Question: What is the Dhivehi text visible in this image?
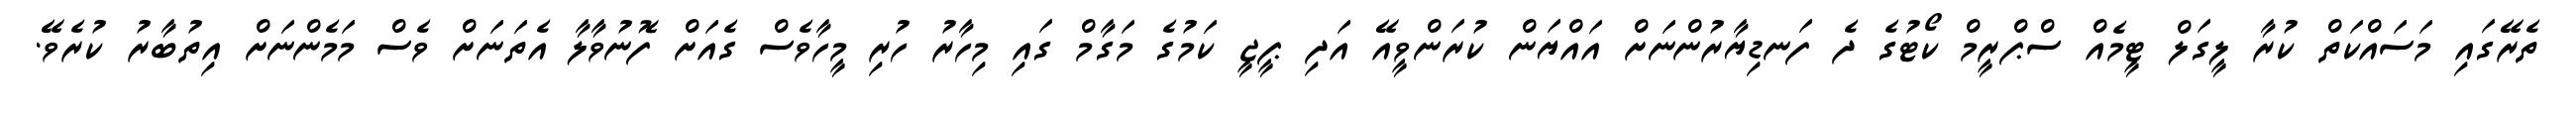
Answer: ތެރޭގައި މަސައްކަތް ކުރާ ލީގަލް ޓީމެއް ސްޕްރީމް ކޯޓުގެ ދެ ފަނޑިޔާރުންނަށް އައްޔަން ކުރަންވީއޭ އަދި ޕީޖީ ކަމުގެ މަގާމް ގައި މިހާރު ހުރި މީހާވެސް ގެއަށް ފޮނުވާލާ އެތަނަށް ވެސް މަމެންނަށް އިތުބާރު ކުރެވޭ.